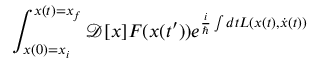
\int _ { x ( 0 ) = x _ { i } } ^ { x ( t ) = x _ { f } } { \mathcal { D } } [ x ] F ( x ( t ^ { \prime } ) ) e ^ { { \frac { i } { \hbar } } \int d t L ( x ( t ) , { \dot { x } } ( t ) ) }